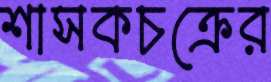
শাসকচক্রের